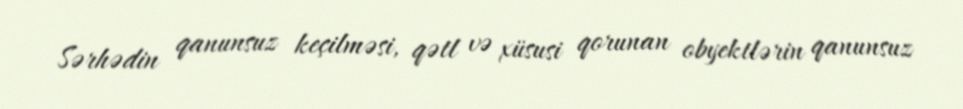
Sərhədin qanunsuz keçilməsi, qətl və xüsusi qorunan obyektlərin qanunsuz